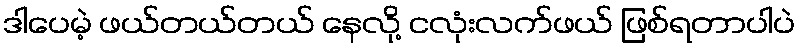
ဒါပေမဲ့ ဖယ်တယ်တယ် နေလို့ ငလုံးလက်ဖယ် ဖြစ်ရတာပါပဲ